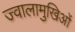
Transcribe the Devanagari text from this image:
ज्वालामुखिओं